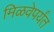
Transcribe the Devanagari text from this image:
मिळवेपर्यंत